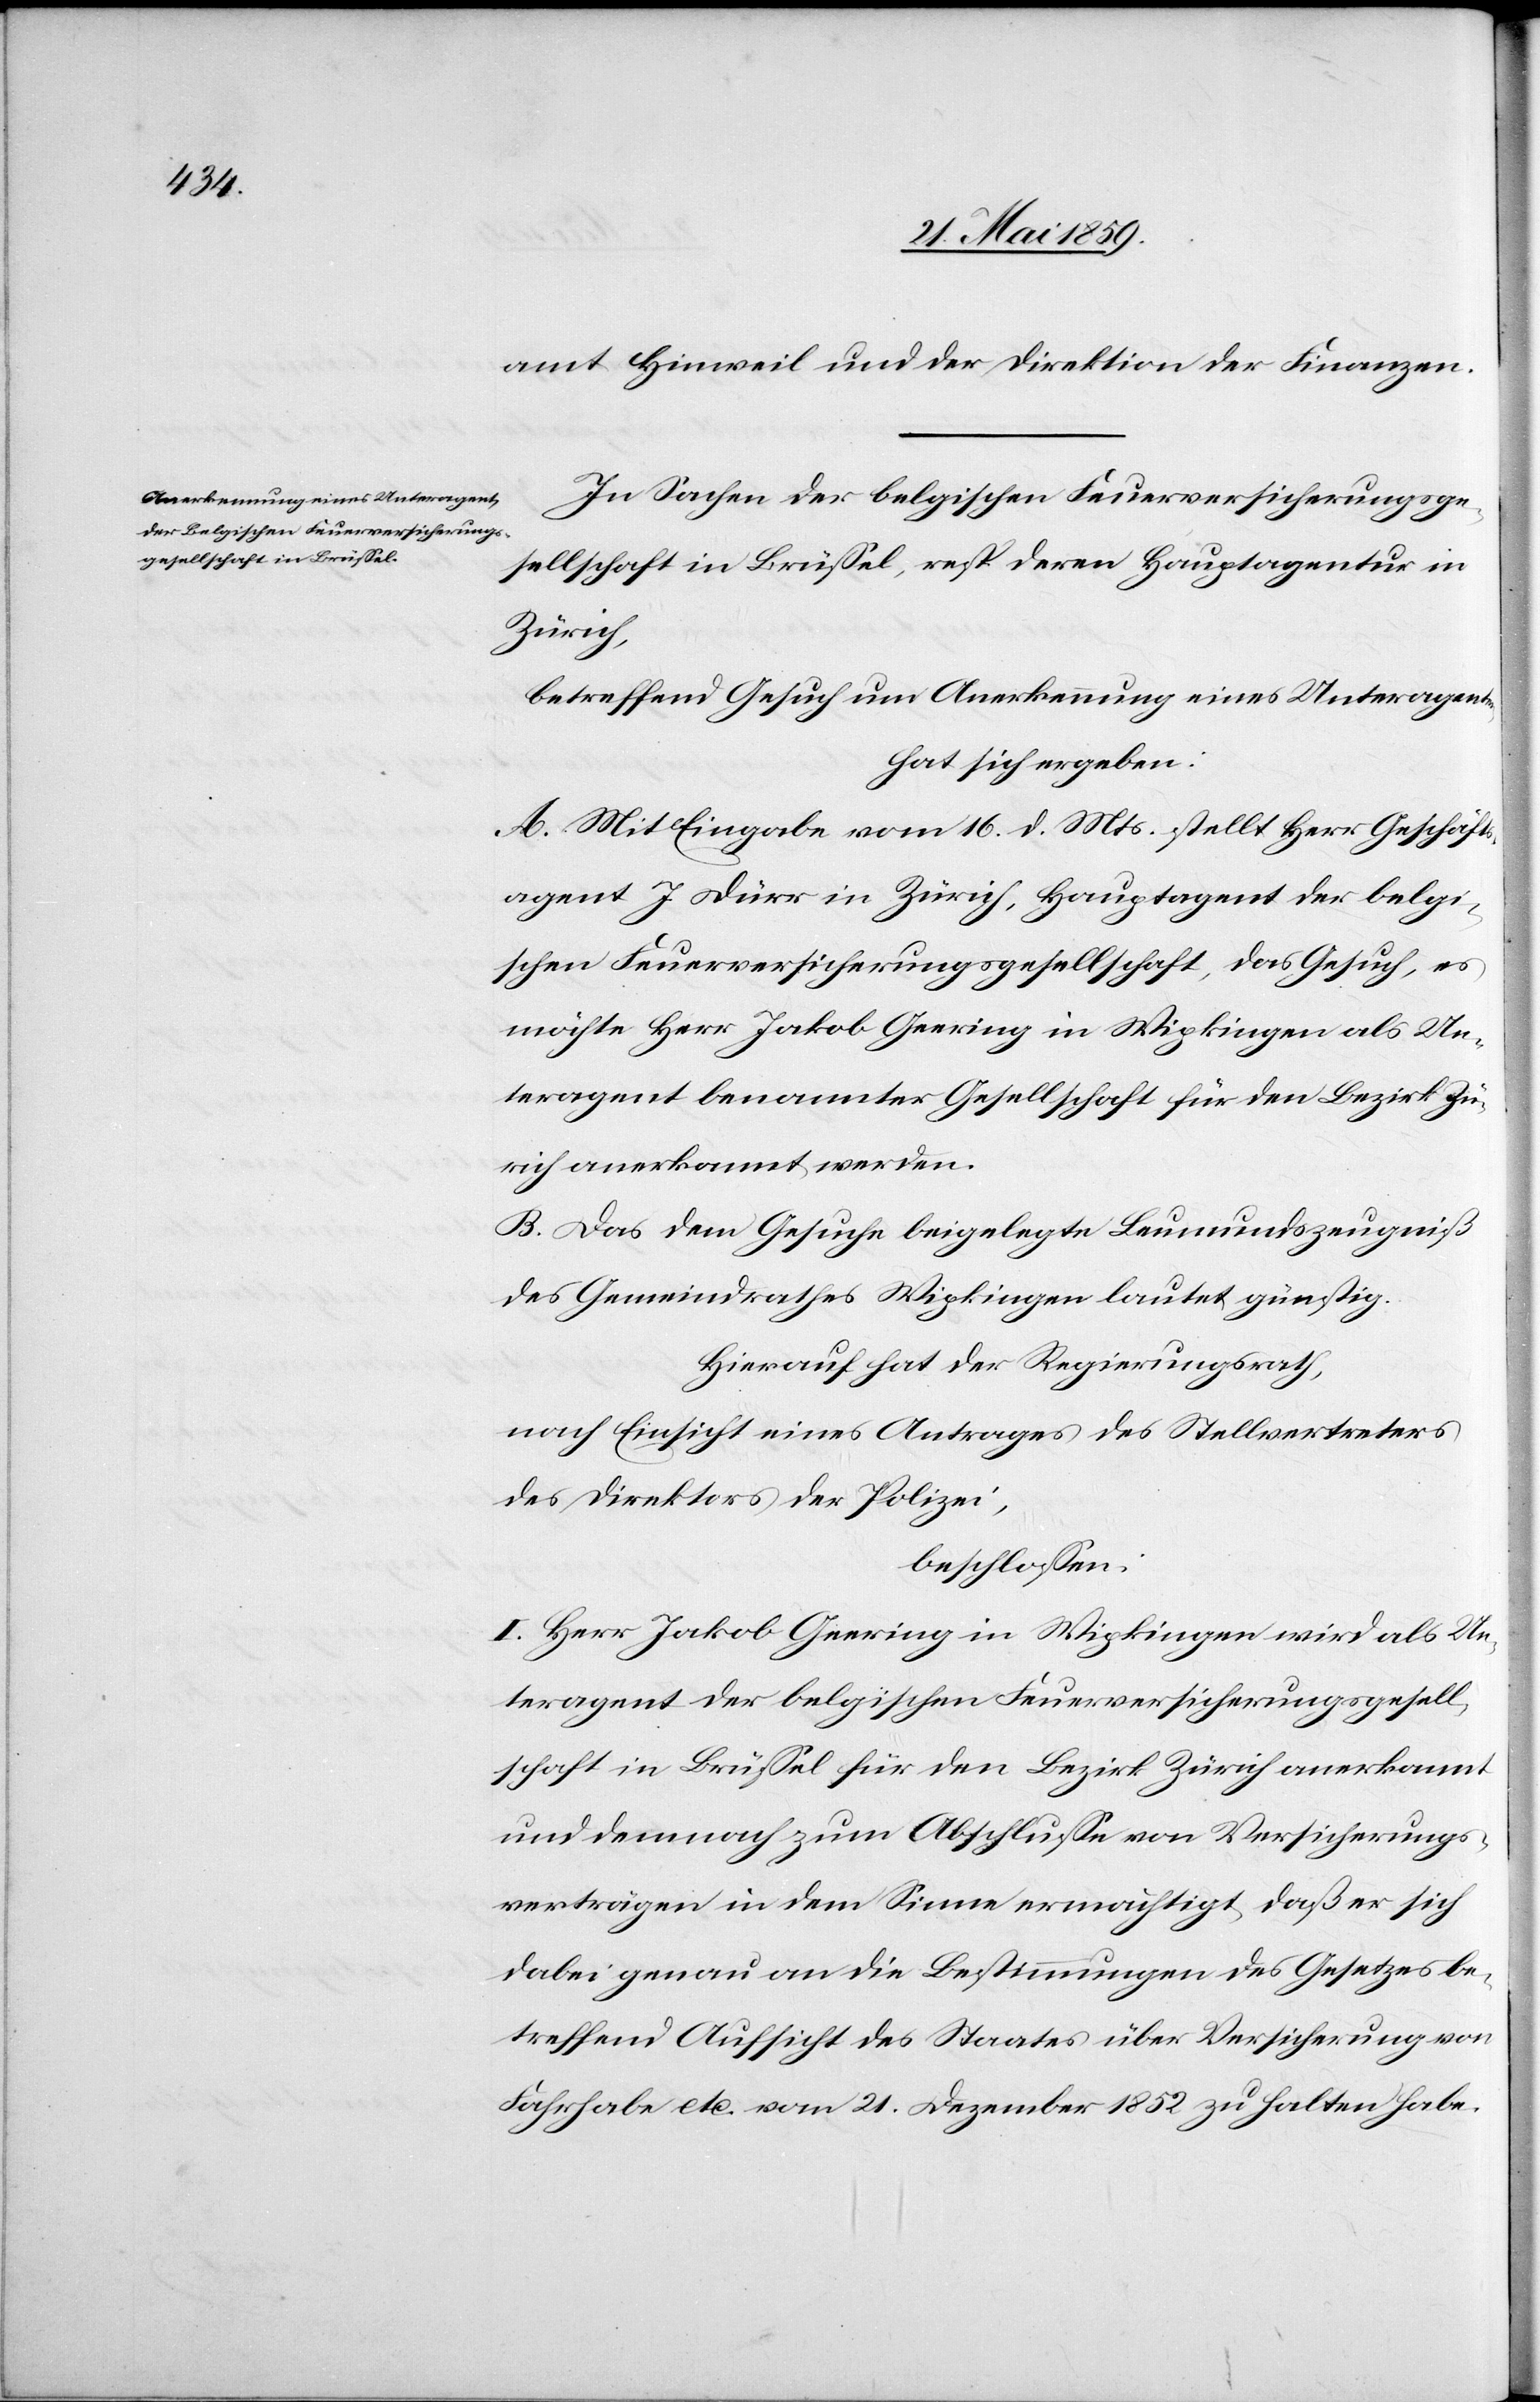
amt Hinweil und der Direktion der Finanzen.
In Sachen der belgischen Feuerversicherungsge¬
sellschaft in Brüssel, resp. deren Hauptagentur in
Zürich,
betreffend Gesuch um Anerkennung eines Unteragent[en]
hat sich ergeben:
A. Mit Eingabe vom 16. d. Mts. stellt Herr Geschäfts¬
agent J. Dürr in Zürich, Hauptagent der belgi¬
schen Feuerversicherungsgesellschaft, das Gesuch, es
möchte Herr Jakob Geering in Wipkingen als Un¬
teragent benannter Gesellschaft für den Bezirk Zü¬
rich anerkannt werden.
B. Das dem Gesuche beigelegte Leumundszeugniß
des Gemeinderathes Wipkingen lautet günstig.
Hierauf hat der Regierungsrath,
nach Einsicht eines Antrages des Stellvertreters
des Direktors des Polizei,
beschlossen:
I. Herr Jakob Geering in Wipkingen wird als Un¬
teragent der belgischen Feuerversicherungsgesell¬
schaft in Brüssel für den Bezirk Zürich anerkannt
und demnach zum Abschlusse von Versicherungs¬
verträgen in dem Sinne ermächtigt, daß er sich
dabei genau an die Bestimmungen des Gesetzes be¬
treffend Aufsicht des Staates über Versicherung von
Fahrhabe etc. vom 21. Dezember 1852 zu halten habe.